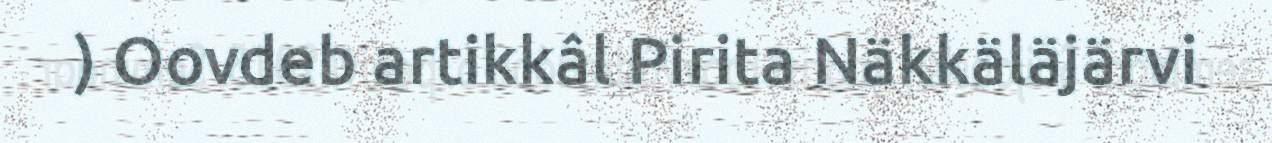
) Oovdeb artikkâl Pirita Näkkäläjärvi